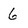
Character: 6